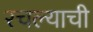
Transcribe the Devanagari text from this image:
रचल्याची